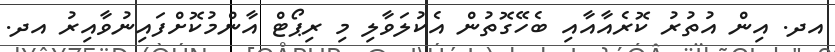
އދ. އިން އުތުރު ކޮރެއާއާއި ބެހޭގޮތުން އެކުލަވާލި މި ރިޕޯޓް އާންމުކޮށްފައިނުވާއިރު އދ.